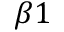
\beta 1